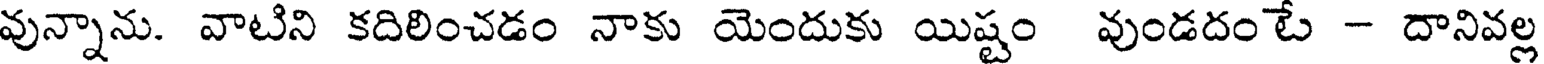
వున్నాను. వాటిని కదిలించడం నాకు యెందుకు యిష్టం వుండదంటే - దానివల్ల